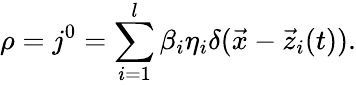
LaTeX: \rho=j^{0}=\sum_{i=1}^{l}\beta_{i}\eta_{i}\delta(\vec{x}-\vec{z}_{i}(t)).